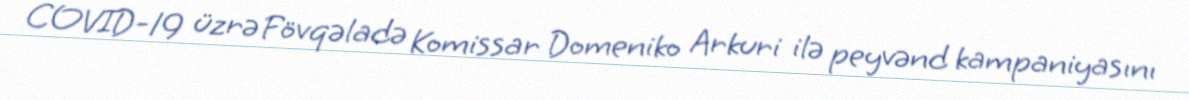
COVID-19 üzrə Fövqəladə Komissar Domeniko Arkuri ilə peyvənd kampaniyasını